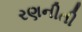
રણનીતી